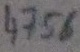
Text: 4756